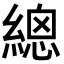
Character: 𦃞